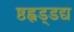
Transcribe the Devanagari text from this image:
ष्ठह्वड्डद्य